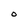
Character: O